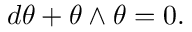
d \theta + \theta \wedge \theta = 0 .